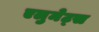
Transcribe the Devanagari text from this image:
एलुमेट्स